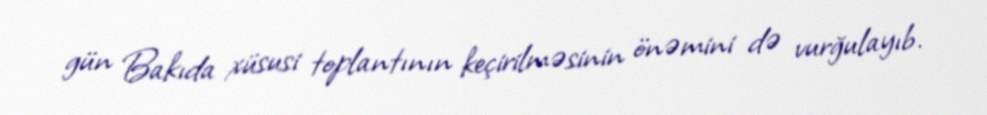
gün Bakıda xüsusi toplantının keçirilməsinin önəmini də vurğulayıb.